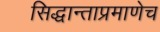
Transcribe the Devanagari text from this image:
सिद्धान्ताप्रमाणेच